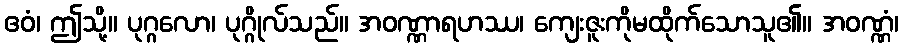
ဧဝံ၊ ဤသို့။ ပုဂ္ဂလော၊ ပုဂ္ဂိုလ်သည်။ အဝဏ္ဏာရဟဿ၊ ကျေးဇူးကိုမထိုက်သောသူ၏။ အဝဏ္ဏံ၊